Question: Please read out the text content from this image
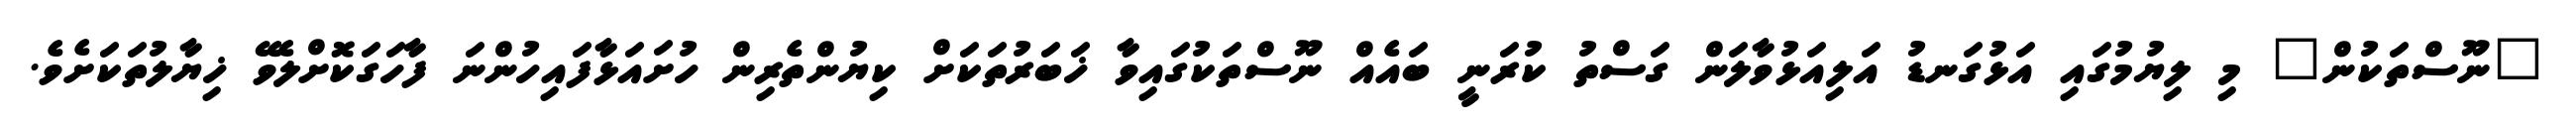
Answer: "ނޫސްތަކުން" މި ލިޔުމުގައި އަޅުގަނޑު އަލިއަޅުވާލަން ގަސްތު ކުރަނީ ބައެއް ނޫސްތަކުގައިވާ ޚަބަރުތަކަށް ކިޔުންތެރިން ހުށައަޅާފައިހުންނަ ފާހަގަކޮށްލެވޭ ޚިޔާލުތަކަށެވެ.